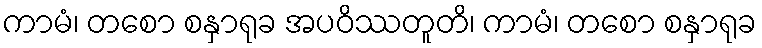
ကာမံ၊ တစော စနှာရုခ အပဝိဿတူတိ၊ ကာမံ၊ တစော စနှာရုခ